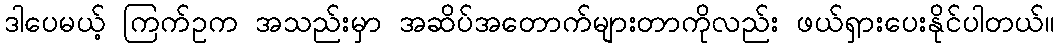
ဒါပေမယ့် ကြက်ဥက အသည်းမှာ အဆိပ်အတောက်များတာကိုလည်း ဖယ်ရှားပေးနိုင်ပါတယ်။